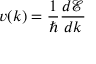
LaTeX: v ( k ) = { \frac { 1 } { \hbar } } { \frac { d { \mathcal { E } } } { d k } }